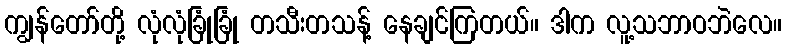
ကျွန်တော်တို့ လုံလုံခြုံခြုံ တသီးတသန့် နေချင်ကြတယ်။ ဒါက လူ့သဘာဝဘဲလေ။